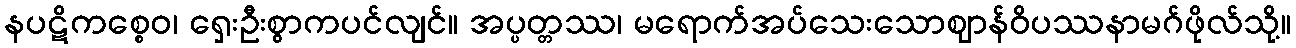
နပဋိကစ္စေဝ၊ ရှေးဦးစွာကပင်လျင်။ အပ္ပတ္တဿ၊ မရောက်အပ်သေးသောဈာန်ဝိပဿနာမဂ်ဖိုလ်သို့။